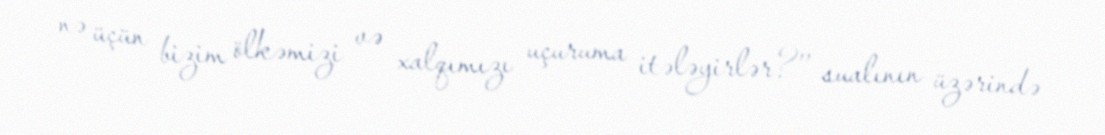
nə üçün bizim ölkəmizi və xalqımızı uçuruma itələyirlər?’’ sualının üzərində